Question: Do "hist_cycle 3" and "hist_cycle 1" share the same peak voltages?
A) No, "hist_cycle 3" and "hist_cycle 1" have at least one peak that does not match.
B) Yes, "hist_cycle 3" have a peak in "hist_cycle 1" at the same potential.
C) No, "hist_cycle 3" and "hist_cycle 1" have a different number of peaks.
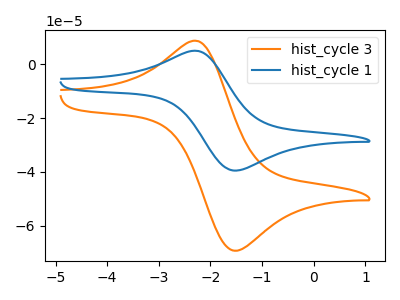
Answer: <think>The orange curve "hist_cycle 3" has an anodic peak at (-2.25V, 8.45uA) and a cathodic peak at (-1.55V, -69.25uA). The blue curve "hist_cycle 1" has an anodic peak at (-2.25V, 4.85uA) and a cathodic peak at (-1.55V, -39.50uA).</think>
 <answer>B) Yes, "hist_cycle 3" have a peak in "hist_cycle 1" at the same potential.</answer>
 <eval>B</eval>